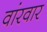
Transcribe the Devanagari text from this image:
वांरवार